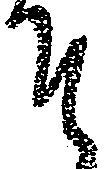
そ